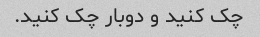
چک کنید و دوبار چک کنید.